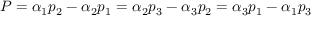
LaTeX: P = \alpha _ { 1 } p _ { 2 } - \alpha _ { 2 } p _ { 1 } = \alpha _ { 2 } p _ { 3 } - \alpha _ { 3 } p _ { 2 } = \alpha _ { 3 } p _ { 1 } - \alpha _ { 1 } p _ { 3 }